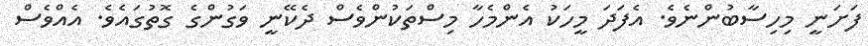
ފަށަނީ މިހިސާބުންނެވެ. އެފަދަ މީހަކު އެންމެހާ މިސްތަކުންވެސް ދެކޭނީ ވަގުންގެ ގޮތުގައެވެ. އެއްވެސް